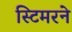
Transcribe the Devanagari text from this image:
स्टिमरने